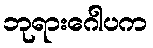
ဘုရားဂေါပက